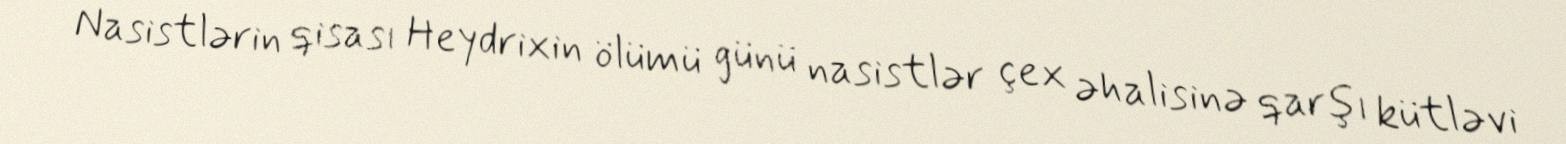
Nasistlərin qisası Heydrixin ölümü günü nasistlər çex əhalisinə qarşı kütləvi